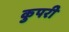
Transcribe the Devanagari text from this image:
कुपरी